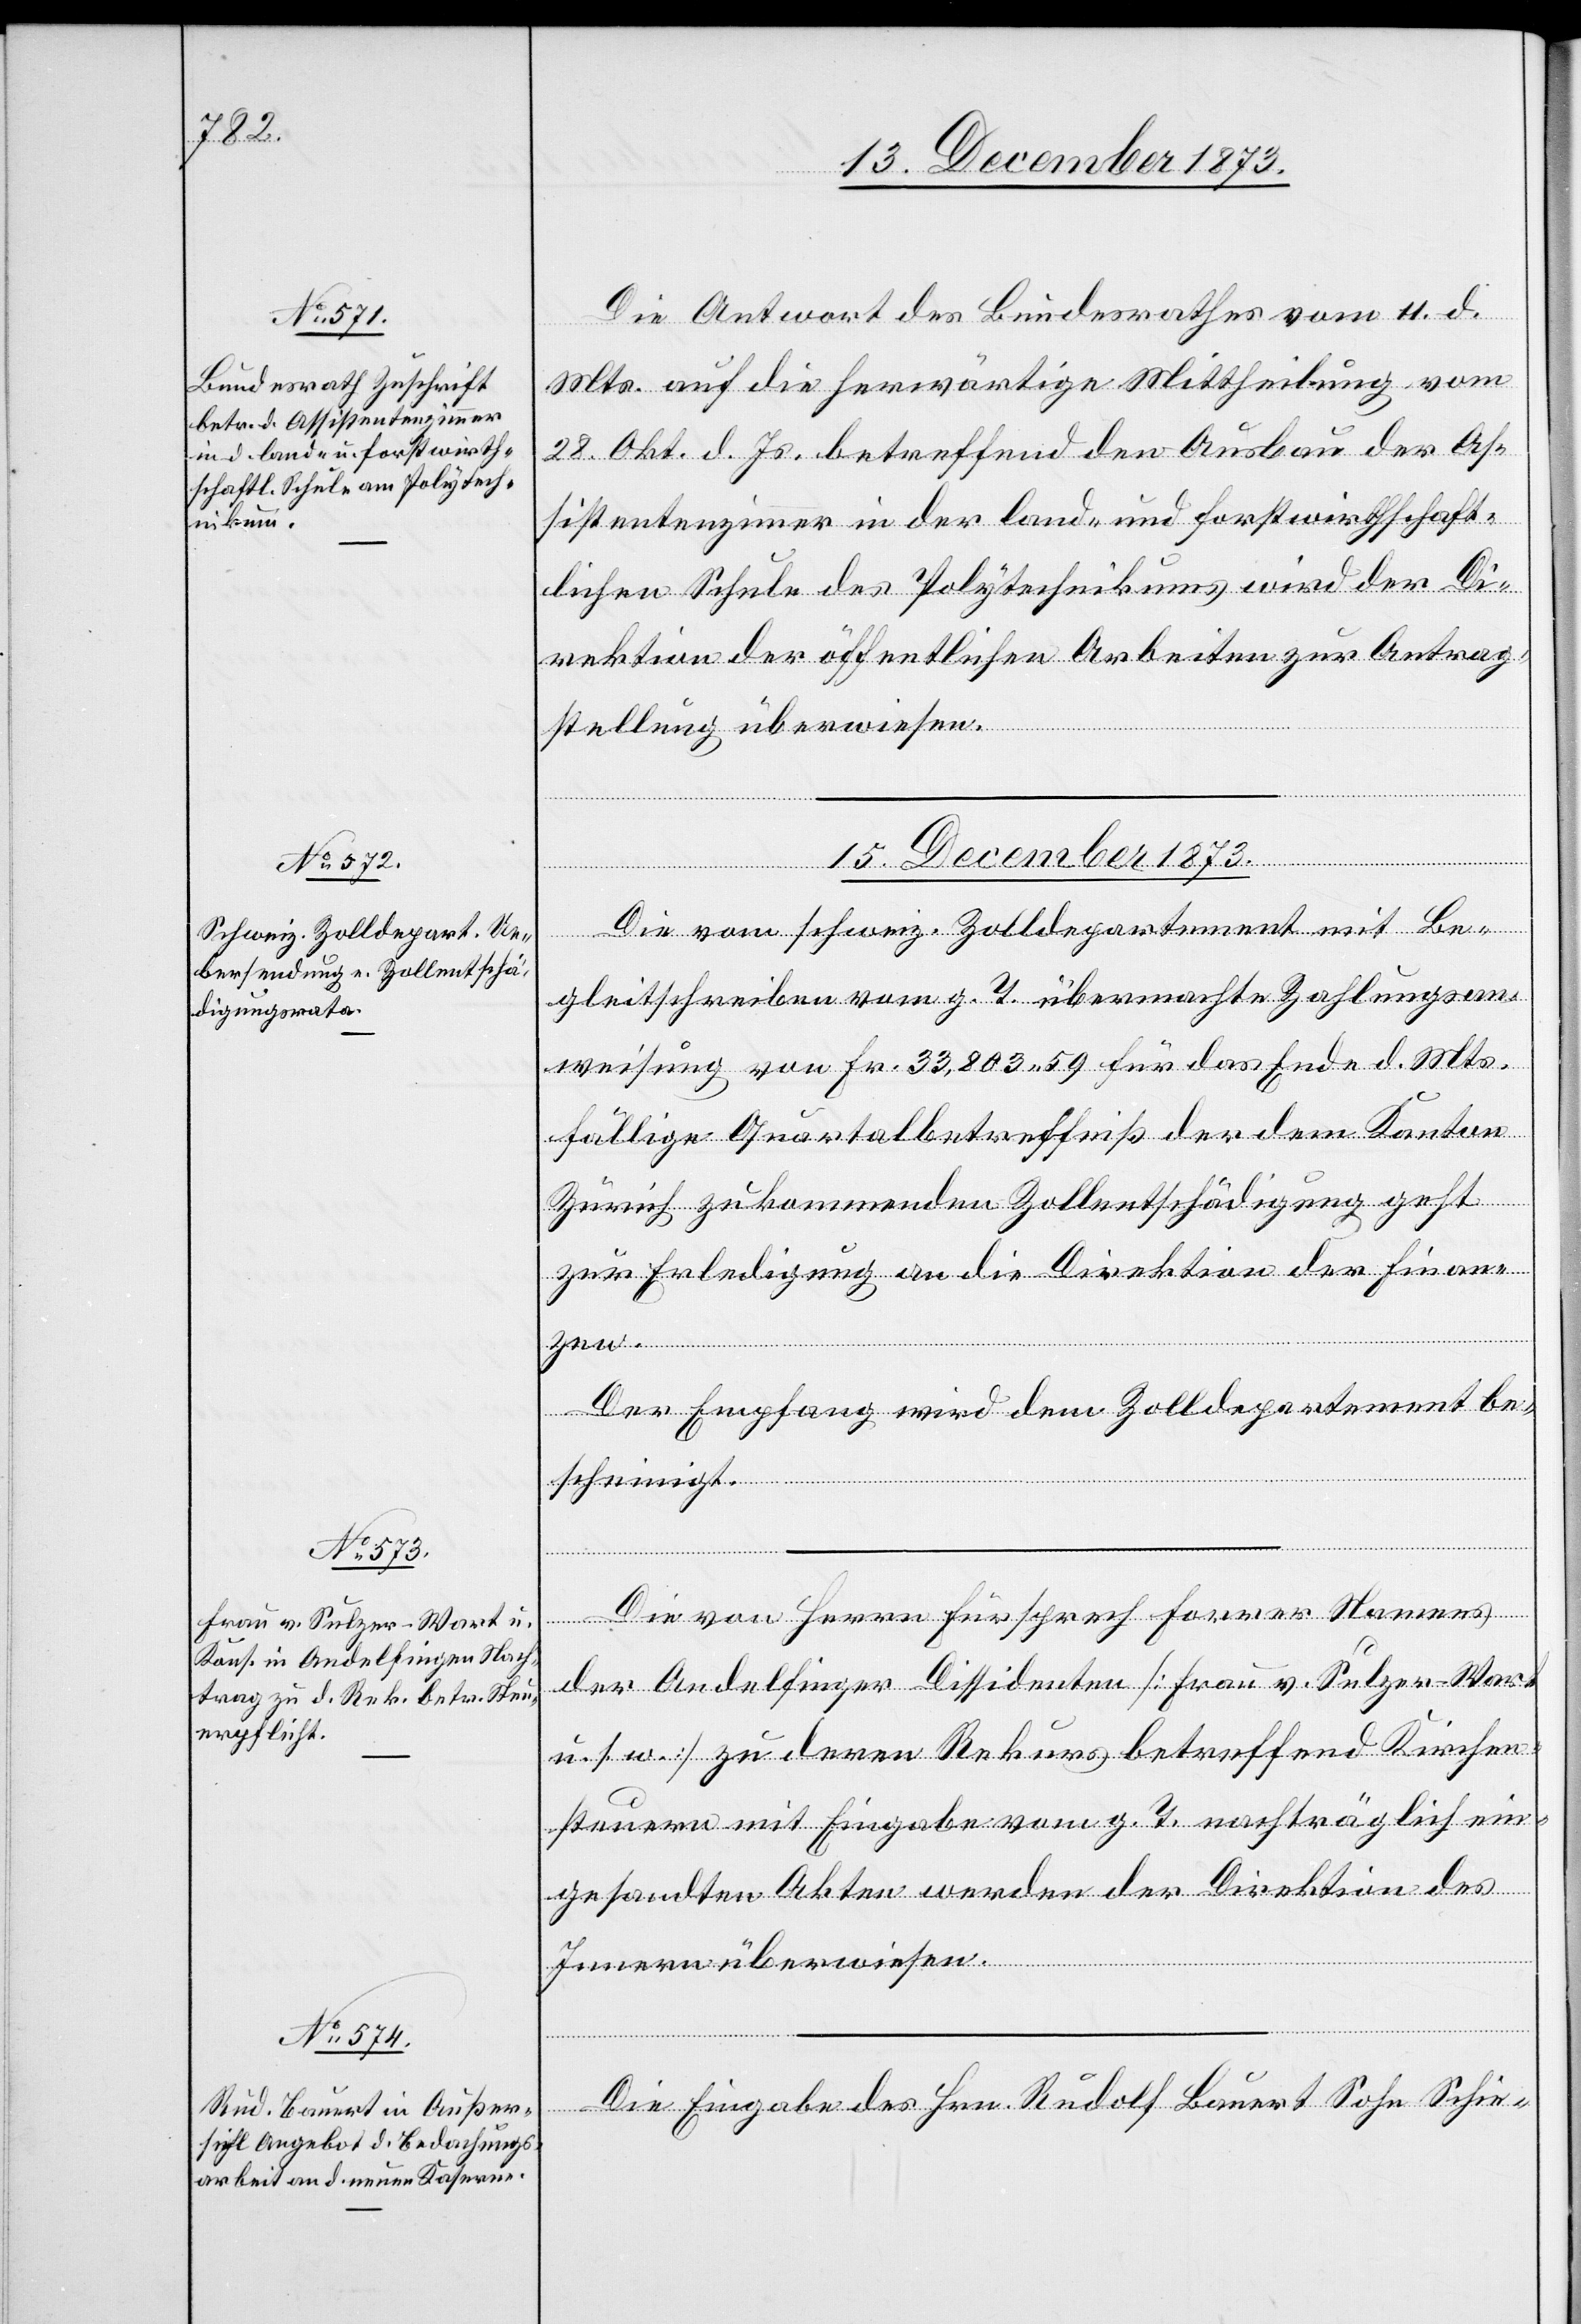
15. December 1873.]
Die Antwort des Bundesrathes vom 11. d.
Mts. auf die herwärtige Mittheilung vom
28. Okt. d. Js. betreffend den Ausbau der As¬
sistentenzimmer in der land- und forstwirthschaft¬
lichen Schule des Polytechnikums wird der Di¬
rektion der öffentlichen Arbeiten zur Antrag¬
stellung überwiesen.
Die vom schweiz. Zolldepartement mit Be¬
gleitschreiben vom g. T. übermachte Zahlungsan¬
weisung von Fr. 33,803 59 für das Ende d. Mts.
fällige Quartalbetreffniß der dem Kanton
Zürich zukommenden Zollentschädigung geht
zur Erledigung an die Direktion der Finanzen.
Der Empfang wird dem Zolldepartement be¬
scheinigt.
Die von Herrn Fürsprech Forrer Namens
der Andelfinger Dissidenten [Frau v. Sulzer-Wart
u. s. w.] zu deren Rekurs betreffend Kirchen¬
steuern mit Eingabe vom g. T. nachträglich ein¬
gesandten Akten werden der Direktion des
Innern überwiesen.
Die Eingabe des Hrn. Rudolf Bauert Sohn Schie-